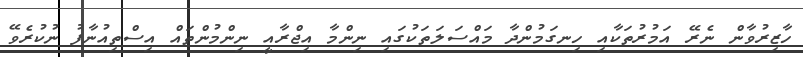
ހާޒިރުވާން ނެެރޭ އަމުރުތަކާއި ހިނގަމުންދާ މައްސަލަތަކުގައި ނިިިންމާ އިޖްރާއީ ނިންމުންތައް އިސްތިއުނާފު ނުކުރެވޭ